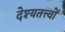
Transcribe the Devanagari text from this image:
देश्यतत्त्वों